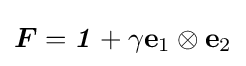
{\boldsymbol {F}}={\boldsymbol {\mathit {1}}}+\gamma \mathbf {e} _{1}\otimes \mathbf {e} _{2}